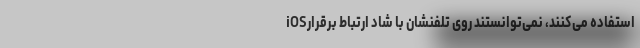
iOSاستفاده می‌کنند، نمی‌توانستند روی تلفنشان با شاد ارتباط برقرار